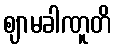
ဈာမခါဏူတိ